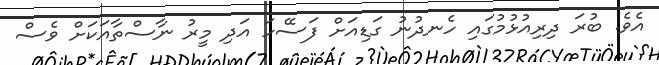
އެވެ. ބުރަ ދިރިއުޅުމުގައި ހެނދުނު ގަޑިއަށް ފަސޭހަ އަދި މީރު ނާސްތާއަކަށް ވެސް